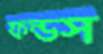
ফন্ডস